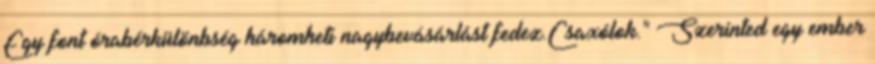
Egy font órabérkülönbség háromheti nagybevásárlást fedez.Csaxólok." Szerinted egy ember